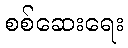
စစ်ဆေးရေး